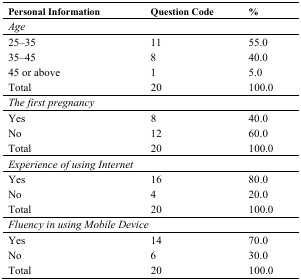
<table><thead><tr><td><b>Personal Information</b></td><td><b>Question Code</b></td><td><b>%</b></td></tr></thead><tbody><tr><td colspan="3"><i>Age</i></td></tr><tr><td>25–35</td><td>11</td><td>55.0</td></tr><tr><td>35–45</td><td>8</td><td>40.0</td></tr><tr><td>45 or above</td><td>1</td><td>5.0</td></tr><tr><td>Total</td><td>20</td><td>100.0</td></tr><tr><td colspan="3"><i>The first pregnancy</i></td></tr><tr><td>Yes</td><td>8</td><td>40.0</td></tr><tr><td>No</td><td>12</td><td>60.0</td></tr><tr><td>Total</td><td>20</td><td>100.0</td></tr><tr><td colspan="3"><i>Experience of using Internet</i></td></tr><tr><td>Yes</td><td>16</td><td>80.0</td></tr><tr><td>No</td><td>4</td><td>20.0</td></tr><tr><td>Total</td><td>20</td><td>100.0</td></tr><tr><td colspan="3"><i>Fluency in using Mobile Device</i></td></tr><tr><td>Yes</td><td>14</td><td>70.0</td></tr><tr><td>No</td><td>6</td><td>30.0</td></tr><tr><td>Total</td><td>20</td><td>100.0</td></tr></tbody></table>